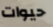
حيوات